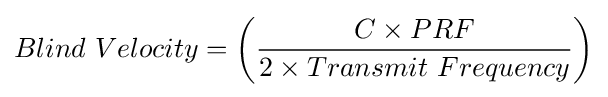
Blind\ Velocity=\left({\frac {C\times PRF}{2\times Transmit\ Frequency}}\right)